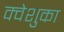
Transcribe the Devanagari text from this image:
क्वेशुका